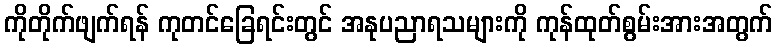
ကိုတိုက်ဖျက်ရန် ကုတင်ခြေရင်းတွင် အနုပညာရသများကို ကုန်ထုတ်စွမ်းအားအတွက်